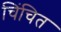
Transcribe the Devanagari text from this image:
चिंचित